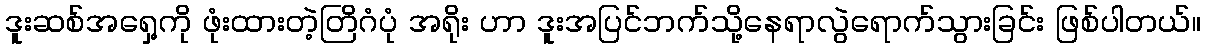
ဒူးဆစ်အရှေ့ကို ဖုံးထားတဲ့တြိဂံပုံ အရိုး ဟာ ဒူးအပြင်ဘက်သို့နေရာလွဲရောက်သွားခြင်း ဖြစ်ပါတယ်။